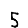
Digit: 5